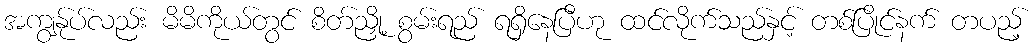
အကျွန်ုပ်လည်း မိမိကိုယ်တွင် စိတ်ညှို့ စွမ်းရည် ရရှိနေပြီဟု ထင်လိုက်သည်နှင့် တစ်ပြိုင်နက် တပည့်